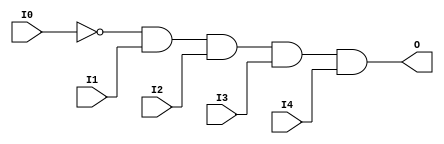
module AND5B1 (O, I0, I1, I2, I3, I4);

    output O;

    input  I0, I1, I2, I3, I4;

    wire i0_inv;

    not N0 (i0_inv, I0);
    and A1 (O, i0_inv, I1, I2, I3, I4);


endmodule